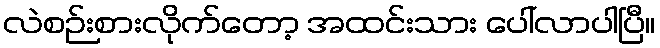
လဲစဉ်းစားလိုက်တော့ အထင်းသား ပေါ်လာပါပြီ။